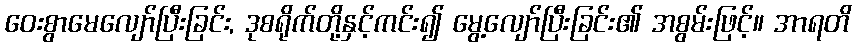
ဝေးစွာမေလျော်ပြီးခြင်း, ဒုစရိုက်တို့နှင့်ကင်း၍ မွေ့လျော်ပြီးခြင်း၏ အစွမ်းဖြင့်။ အာရတိ